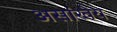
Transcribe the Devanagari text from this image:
असांखेय